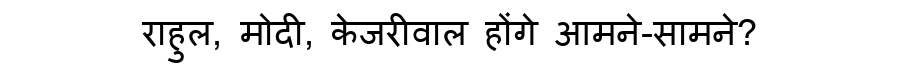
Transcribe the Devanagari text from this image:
राहुल, मोदी, केजरीवाल होंगे आमने-सामने?